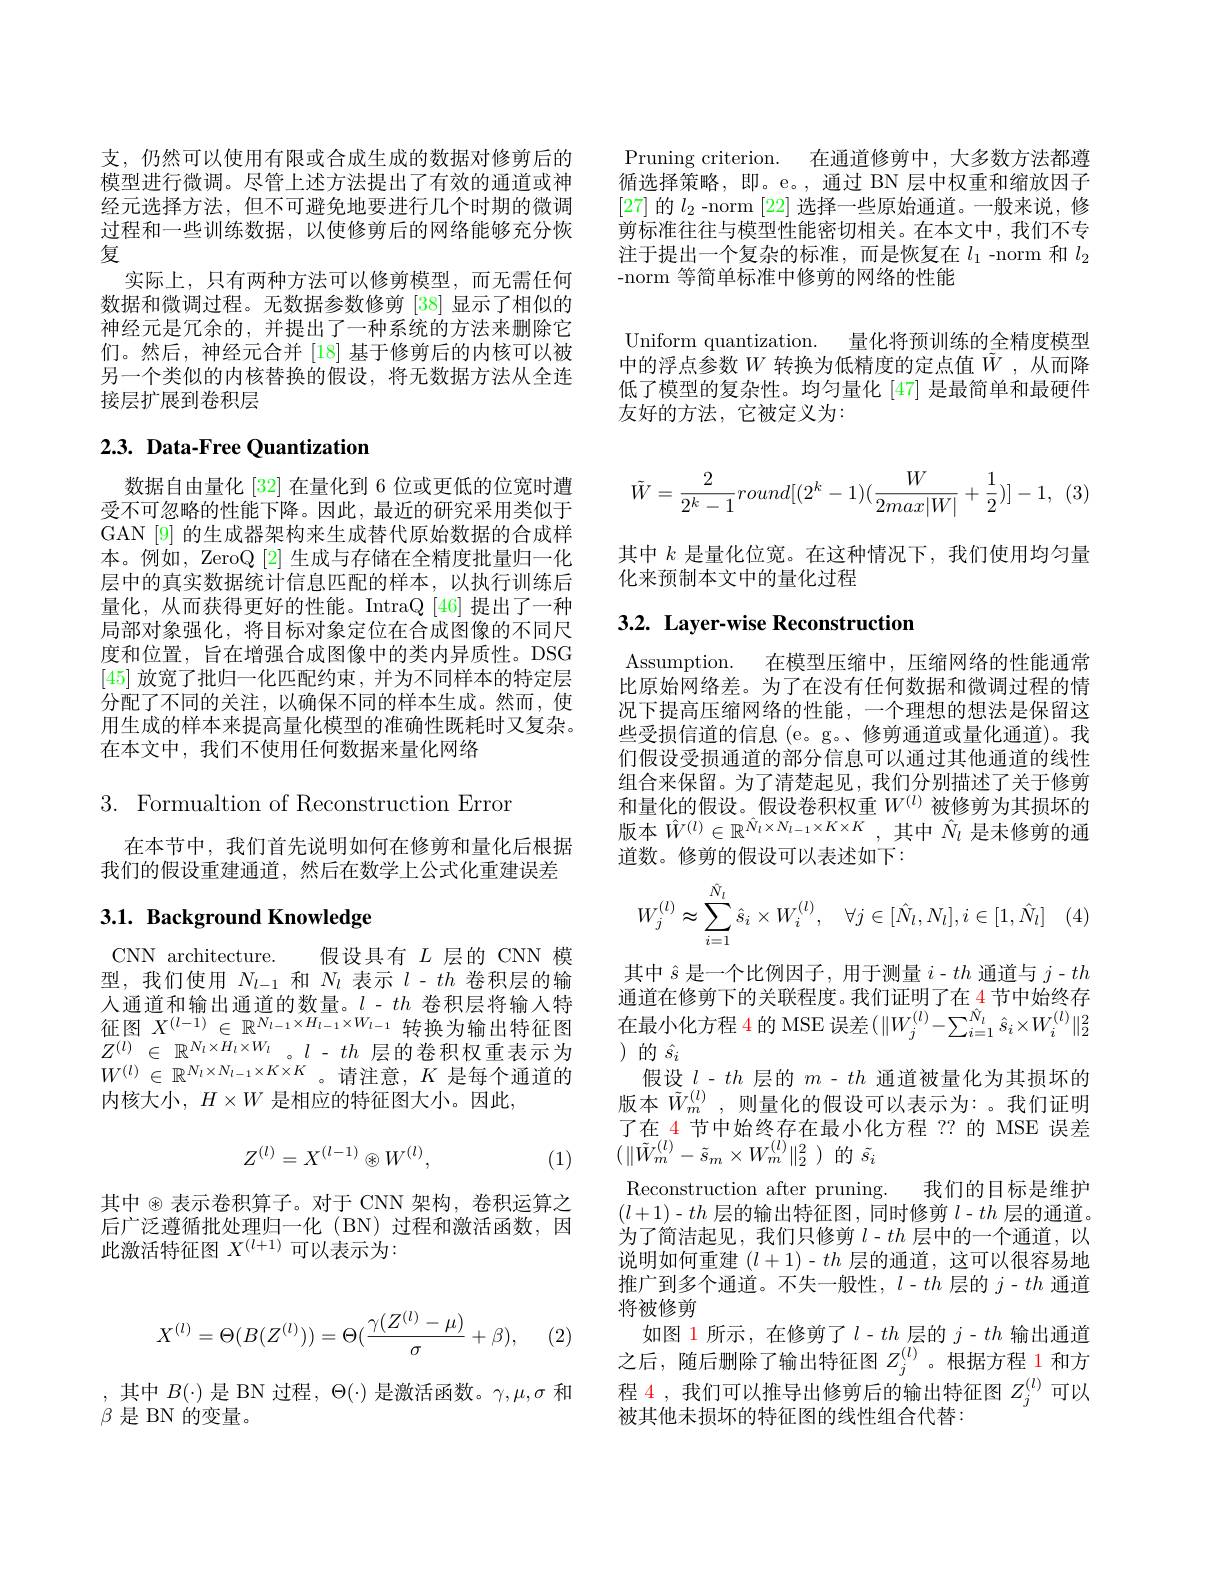
支，仍然可以使用有限或合成生成的数据对修剪后的模型进行微调。尽管上述方法提出了有效的通道或神经元选择方法，但不可避免地要进行几个时期的微调过程和一些训练数据，以使修剪后的网络能够充分恢复
实际上，只有两种方法可以修剪模型，而无需任何数据和微调过程。无数据参数修剪[38]显示了相似的神经元是冗余的，并提出了一种系统的方法来删除它们。然后，神经元合并 [18] 基于修剪后的内核可以被另一个类似的内核替换的假设，将无数据方法从全连接层扩展到卷积层

# $2. 3. \textbf{ Data- Free Quantization}$

数据自由量化 [32] 在量化到 6 位或更低的位宽时遭受不可忽略的性能下降。因此，最近的研究采用类似于GAN [9] 的生成器架构来生成替代原始数据的合成样本。例如，ZeroQ [2]生成与存储在全精度批量归一化层中的真实数据统计信息匹配的样本，以执行训练后量化，从而获得更好的性能。IntraQ [46]提出了一种局部对象强化，将目标对象定位在合成图像的不同尺度和位置，旨在增强合成图像中的类内异质性。DSG [45]放宽了批归一化匹配约束，并为不同样本的特定层分配了不同的关注，以确保不同的样本生成。然而，使用生成的样本来提高量化模型的准确性既耗时又复杂。在本文中，我们不使用任何数据来量化网络

3. Formualtion of Reconstruction Error

在本节中，我们首先说明如何在修剪和量化后根据我们的假设重建通道，然后在数学上公式化重建误差

## $3. 1. \textbf{Background Knowledge}$

CNN architecture. 假设具有$L$层的 CNN 模型，我们使用$N_l-1$和$N_l$表示$l-th$卷积层的输入通道和输出通道的数量。$l-th$卷积层将输人特征图$X^{(l-1)}\in\mathbb{R}^{N_{l-1}\times H_{l-1}\times W_{l-1}}$转换为输出特征图$Z^{( l) }\in$ $\mathbb{R} ^{N_{l}\times \bar{H} _{l}\times W_{l}}。l- th$层的卷积权重表示为$W^{(l)}\in\mathbb{R}^{N_l\times N_{l-1}\times K\times K}$。请注意，$K$是每个通道的内核大小$,H\times W$ 是相应的特征图大小。因此，
$$Z^{(l)}=X^{(l-1)}\otimes W^{(l)},$$
(1)

其中®表示卷积算子。对于 CNN 架构，卷积运算之后广泛遵循批处理归一化(BN)过程和激活函数，因此激活特征图$X^(l+1)$可以表示为：

Pruning criterion. 在通道修剪中，大多数方法都遵循选择策略，即。e。,通过 BN 层中权重和缩放因子[27]的$l_2$ -norm [22]选择一些原始通道。一般来说，修剪标准往往与模型性能密切相关。在本文中，我们不专注于提出一个复杂的标准，而是恢复在$l_1$ -norm 和$l_2$ -norm 等简单标准中修剪的网络的性能

Uniform quantization. 量化将预训练的全精度模型中的浮点参数$W$ 转换为低精度的定点值$\tilde{W}$,从而降低了模型的复杂性。均匀量化 [47] 是最简单和最硬件友好的方法，它被定义为：
$$\tilde{W}=\frac{2}{2^k-1}round[(2^k-1)(\frac{W}{2max|W|}+\frac{1}{2})]-1,$$
其中$k$是量化位宽。在这种情况下，我们使用均匀量
化来预制本文中的量化过程

## 3.2. Layer-wise Reconstruction

Assumption. 在模型压缩中，压缩网络的性能通常比原始网络差。为了在没有任何数据和微调过程的情况下提高压缩网络的性能，一个理想的想法是保留这些受损信道的信息 (e。g。、修剪通道或量化通道)。我们假设受损通道的部分信息可以通过其他通道的线性组合来保留。为了清楚起见，我们分别描述了关于修剪和量化的假设。假设卷积权重$W^{(l)}$被修剪为其损坏的版本$\hat{W}^{(l)}\in\mathbb{R}^{\hat{N}_l\times N_{l-1}\times K\times K}$,其中$\hat{N}_l$是未修剪的通道数。修剪的假设可以表述如下：
$$W_j^{(l)}\approx\sum_{i=1}^{\hat{N}_l}\hat{s}_i\times W_i^{(l)},\quad\forall j\in[\hat{N}_l,N_l],i\in[1,\hat{N}_l]$$
其中$\hat{s}$是一个比例因子，用于测量$i-th$通道与$j-th$ 通道在修剪下的关联程度。我们证明了在 4 节中始终存在最小化方程 4 的 MSE 误差($\|W_j^{(l)}-\sum_{i=1}^{\hat{N}_l}\hat{s}_i\times W_i^{(l)}\|_2^2$ )的$\hat{s}_i$
假设$l-th$层的$m-th$通道被量化为其损坏的版本$\tilde{W}_{m}^{(l)}$,则量化的假设可以表示为：。我们证明了在 4 节中始终存在最小化方程 ?? 的 MSE 误差$( \| \tilde{W} _{m}^{( l) }- \tilde{s} _{m}\times W_{m}^{( l) }\| _{2}^{2}$ )的$\tilde{s}_{i}$
Reconstruction after pruning. 我们的目标是维护$(l+1)-th$层的输出特征图，同时修剪$l-th$层的通道。为了简洁起见，我们只修剪$l-th$层中的一个通道，以说明如何重建$(l+1)-th$层的通道，这可以很容易地推广到多个通道。不失一般性，$l-th$层的$j-th$通道将被修剪
如图 1 所示 ,在修剪了$l-th$层的$j-th$输出通道之后，随后删除了输出特征图$Z_j^{(l)}$。根据方程 1 和方程 4 , 我们可以推导出修剪后的输出特征图$Z_j^{(l)}$可以被其他未损坏的特征图的线性组合代替：
$$X^{(l)}=\Theta(B(Z^{(l)}))=\Theta(\frac{\gamma(Z^{(l)}-\mu)}{\sigma}+\beta),$$
,其中$B(\cdot)$是 BN 过程$,\Theta(\cdot)$ 是激活函数。$\gamma,\mu,\sigma$ 和
$\beta$是 BN 的变量。